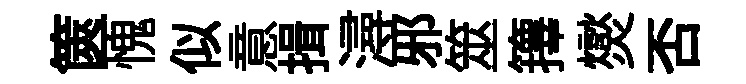
篋愧似意揖潯邪筮籜爕否